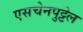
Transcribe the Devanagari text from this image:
एसचेनपुट्टेल